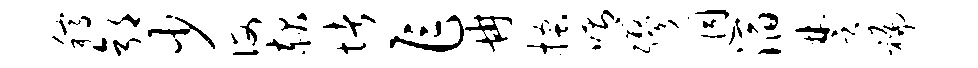
稿郭少诲赧堵乍冉搔喟缪迥滔楚褊